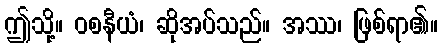
ဤသို့။ ဝစနီယံ၊ ဆိုအပ်သည်။ အဿ၊ ဖြစ်ရာ၏။